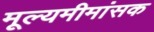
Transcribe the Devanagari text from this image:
मूल्यमीमांसक